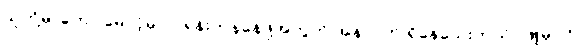
သူတို့မှာကော မောင့်မှာပါ ရုန်းကန်နေဖို့အတွက် အနာဂတ် ရှိနေသေးတယ်၊ ဖြူမှာက